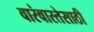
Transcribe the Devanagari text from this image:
वारंवारतेसाठी